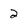
Character: 2